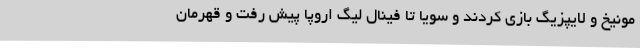
مونیخ و لایپزیگ بازی کردند و سویا تا فینال لیگ اروپا پیش رفت و قهرمان